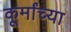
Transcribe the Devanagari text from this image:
कूर्मांच्या